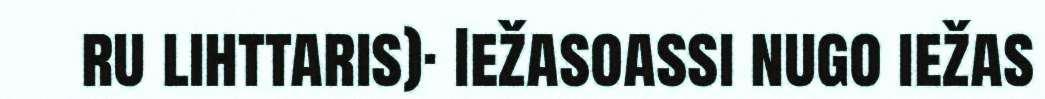
ru lihttaris)· Iežasoassi nugo iežas